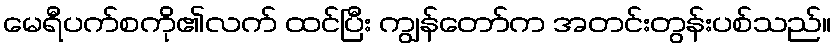
မေရီပက်စကို၏လက် ထင်ပြီး ကျွန်တော်က အတင်းတွန်းပစ်သည်။